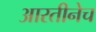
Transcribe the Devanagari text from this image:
आरतीनेच